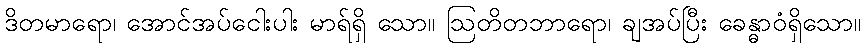
ဒိတမာရော၊ အောင်အပ်ငေါးပါး မာရ်ရှိ သော။ ဩတိတဘာရော၊ ချအပ်ပြီး ခေန္ဓာဝံရှိသော။